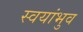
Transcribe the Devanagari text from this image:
स्वयांभुव